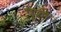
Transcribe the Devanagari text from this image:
पुशी